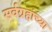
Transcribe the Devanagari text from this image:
सर्वग्रहांच्या